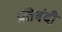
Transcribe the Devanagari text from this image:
प्रतिबंदी